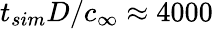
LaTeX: t_{sim}D/c_{\infty}\approx 4000